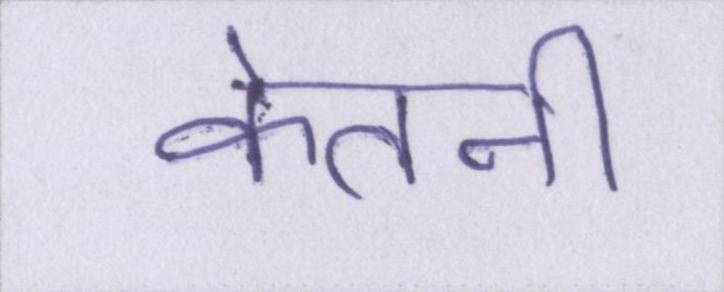
केतनी